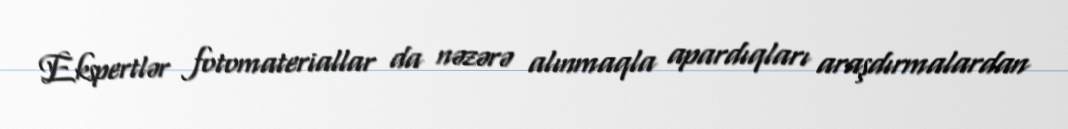
Ekspertlər fotomateriallar da nəzərə alınmaqla apardıqları araşdırmalardan